Indian journal of veterinary science and animal husbandry - Volume 5,
Year: 1935
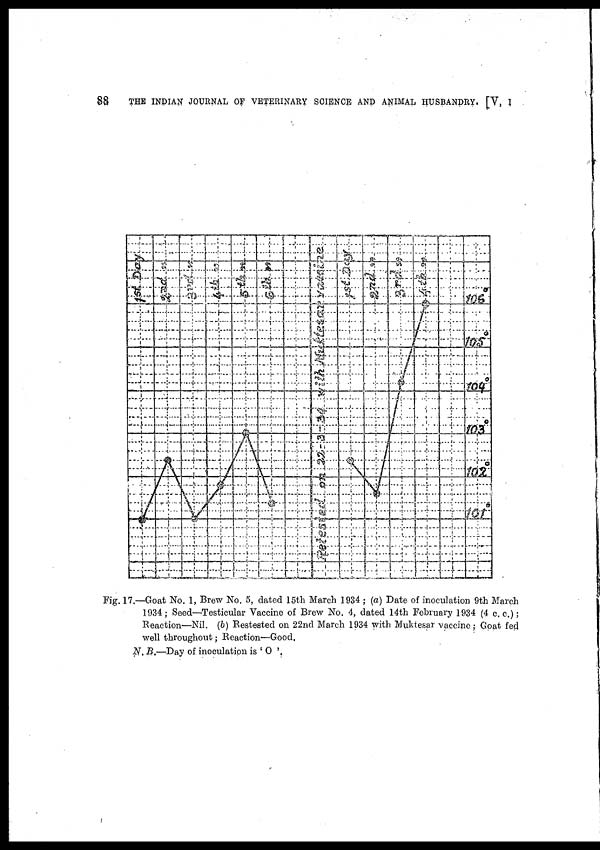
88
THE INDIAN JOURNAL OF VETERINARY SCIENCE AND ANIMAL HUSBANDRY. [V, I
Fig. 17.—Goat No. 1, Brew No. 5, dated 15th March 1934 ; (a) Date of inoculation 9th March
1934 ; Seed—Testicular Vaccine of Brew No. 4, dated 14th February 1934 (4 c. c.) ;
Reaction—Nil. (b) Restested on 22nd March 1934 with Muktesar vaccine ; Goat fed
well throughout; Reaction—Good.
N. B.—Day of inoculation is ' O '.